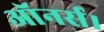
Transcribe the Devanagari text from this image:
ऑनर्स।